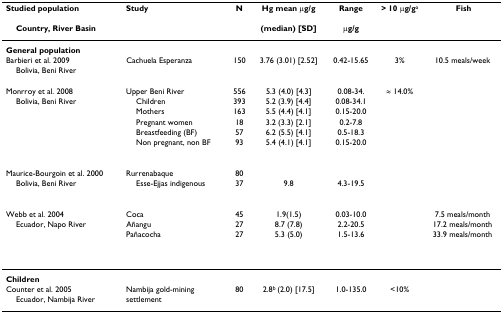
<table><thead><tr><td><b>Studied population</b></td><td><b>Study </b></td><td><b>N</b></td><td><b>Hg mean μg/g</b></td><td><b>Range </b></td><td><b>&gt; 10 μg/g<sup>a</sup></b></td><td><b> Fish </b></td></tr><tr><td><b> Country, River Basin</b></td><td></td><td></td><td><b>(median) [SD]</b></td><td><b>μg/g</b></td><td></td><td></td></tr></thead><tbody><tr><td><b>General population</b></td><td></td><td></td><td></td><td></td><td></td><td></td></tr><tr><td>Barbieri et al. 2009</td><td>Cachuela Esperanza</td><td>150</td><td>3.76 (3.01) [2.52]</td><td>0.42-15.65</td><td>3%</td><td>10.5 meals/week</td></tr><tr><td> Bolivia, Beni River</td><td></td><td></td><td></td><td></td><td></td><td></td></tr><tr><td>Monrroy et al. 2008</td><td>Upper Beni River</td><td>556</td><td>5.3 (4.0) [4.3]</td><td>0.08-34.</td><td>≈ 14.0%</td><td></td></tr><tr><td> Bolivia, Beni River</td><td> Children</td><td>393</td><td>5.2 (3.9) [4.4]</td><td>0.08-34.1</td><td></td><td></td></tr><tr><td></td><td> Mothers</td><td>163</td><td>5.5 (4.4) [4.1]</td><td>0.15-20.0</td><td></td><td></td></tr><tr><td></td><td> Pregnant women</td><td>18</td><td>3.2 (3.3) [2.1]</td><td>0.2-7.8</td><td></td><td></td></tr><tr><td></td><td> Breastfeeding (BF)</td><td>57</td><td>6.2 (5.5) [4.1]</td><td>0.5-18.3</td><td></td><td></td></tr><tr><td></td><td> Non pregnant, non BF</td><td>93</td><td>5.4 (4.1) [4.1]</td><td>0.15-20.0</td><td></td><td></td></tr><tr><td>Maurice-Bourgoin et al. 2000</td><td>Rurrenabaque</td><td>80</td><td></td><td></td><td></td><td></td></tr><tr><td> Bolivia, Beni River</td><td> Esse-Ejjas indigenous</td><td>37</td><td>9.8</td><td>4.3-19.5</td><td></td><td></td></tr><tr><td>Webb et al. 2004</td><td>Coca</td><td>45</td><td>1.9(1.5)</td><td>0.03-10.0</td><td></td><td>7.5 meals/month</td></tr><tr><td> Ecuador, Napo River</td><td>Añangu</td><td>27</td><td>8.7 (7.8)</td><td>2.2-20.5</td><td></td><td>17.2 meals/month</td></tr><tr><td></td><td>Pañacocha</td><td>27</td><td>5.3 (5.0)</td><td>1.5-13.6</td><td></td><td>33.9 meals/month</td></tr><tr><td><b>Children</b></td><td></td><td></td><td></td><td></td><td></td><td></td></tr><tr><td>Counter et al. 2005</td><td>Nambija gold-mining </td><td>80</td><td>2.8<sup>b </sup>(2.0) [17.5]</td><td>1.0-135.0</td><td>&lt;10%</td><td></td></tr><tr><td> Ecuador, Nambija River</td><td>settlement</td><td></td><td></td><td></td><td></td><td></td></tr></tbody></table>